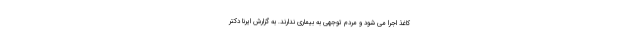
کاغذ اجرا می شود و مردم توجهی به بیماری ندارند. به گزارش ایرنا دکتر